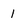
Character: 1